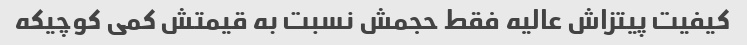
کیفیت پیتزاش عالیه فقط حجمش نسبت به قیمتش کمی کوچیکه